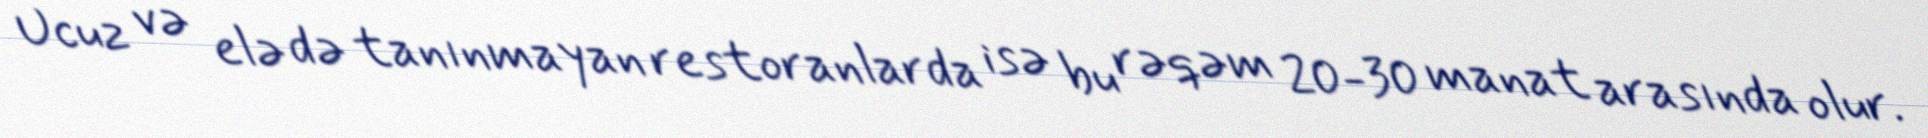
Ucuz və elə də tanınmayan restoranlarda isə bu rəqəm 20-30 manat arasında olur.